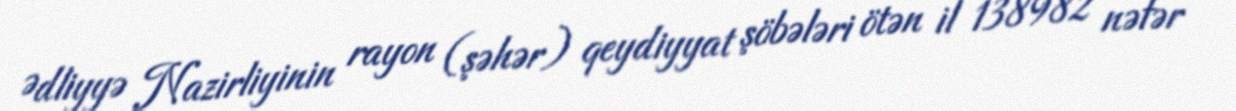
Ədliyyə Nazirliyinin rayon (şəhər) qeydiyyat şöbələri ötən il 138982 nəfər